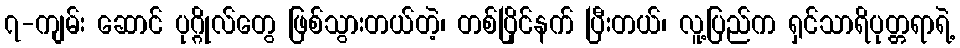
၇-ကျမ်း ဆောင် ပုဂ္ဂိုလ်တွေ ဖြစ်သွားတယ်တဲ့၊ တစ်ပြိုင်နက် ပြီးတယ်၊ လူ့ပြည်က ရှင်သာရိပုတ္တရာရဲ့